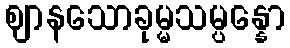
ဈာနသောခုမ္မသမ္ပန္နော